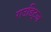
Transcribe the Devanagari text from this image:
राउडिट्ज